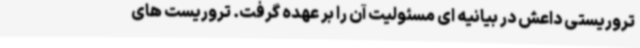
تروریستی داعش در بیانیه ای مسئولیت آن را بر عهده گرفت. تروریست های